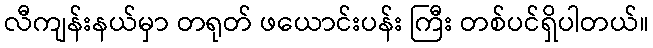
လီကျန်းနယ်မှာ တရုတ် ဖယောင်းပန်း ကြီး တစ်ပင်ရှိပါတယ်။